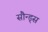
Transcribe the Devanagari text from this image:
सौन्ड्स